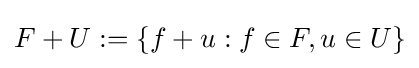
F+U:=\{f+u:f\in F,u\in U\}